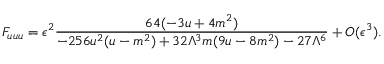
F _ { u u u } = { { \epsilon ^ { 2 } } } \frac { 6 4 ( - 3 u + 4 m ^ { 2 } ) } { - 2 5 6 u ^ { 2 } ( u - m ^ { 2 } ) + 3 2 \Lambda ^ { 3 } m ( 9 u - 8 m ^ { 2 } ) - 2 7 \Lambda ^ { 6 } } + { \cal O } ( \epsilon ^ { 3 } ) .